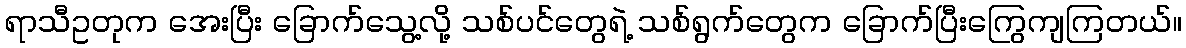
ရာသီဥတုက အေးပြီး ခြောက်သွေ့လို့ သစ်ပင်တွေရဲ့ သစ်ရွက်တွေက ခြောက်ပြီးကြွေကျကြတယ်။